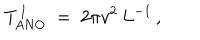
LaTeX: T _ { \mathrm { A N O } } ^ { \, \mathrm { I } } \ = \ { 2 \pi v ^ { 2 } } \, L ^ { - 1 } \, ,